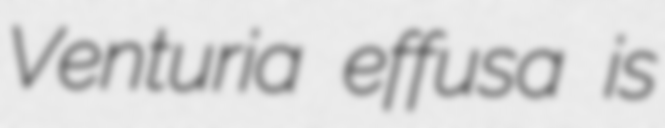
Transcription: Venturia effusa is